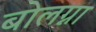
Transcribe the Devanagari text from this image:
बोलग्ना